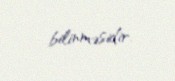
bilinməsidir.